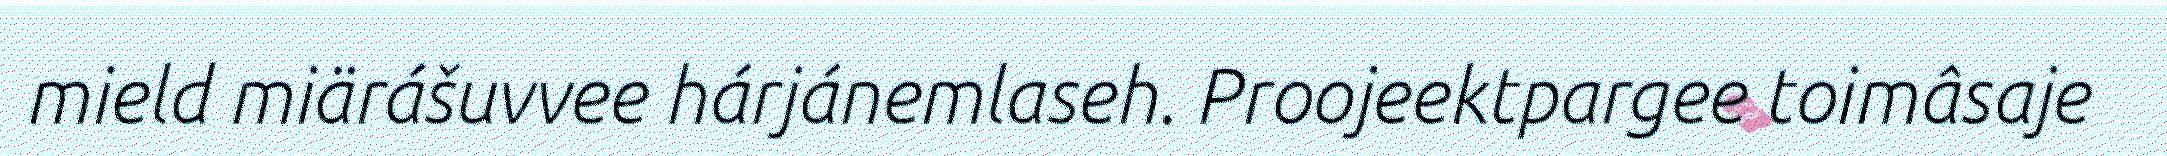
mield miärášuvvee hárjánemlaseh. Proojeektpargee toimâsaje